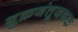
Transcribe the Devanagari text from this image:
शुक्रजंतूजनक